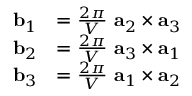
{ \begin{array} { r l } { \mathbf { b } _ { 1 } } & { = { \frac { 2 \pi } { V } } \ \mathbf { a } _ { 2 } \times \mathbf { a } _ { 3 } } \\ { \mathbf { b } _ { 2 } } & { = { \frac { 2 \pi } { V } } \ \mathbf { a } _ { 3 } \times \mathbf { a } _ { 1 } } \\ { \mathbf { b } _ { 3 } } & { = { \frac { 2 \pi } { V } } \ \mathbf { a } _ { 1 } \times \mathbf { a } _ { 2 } } \end{array} }